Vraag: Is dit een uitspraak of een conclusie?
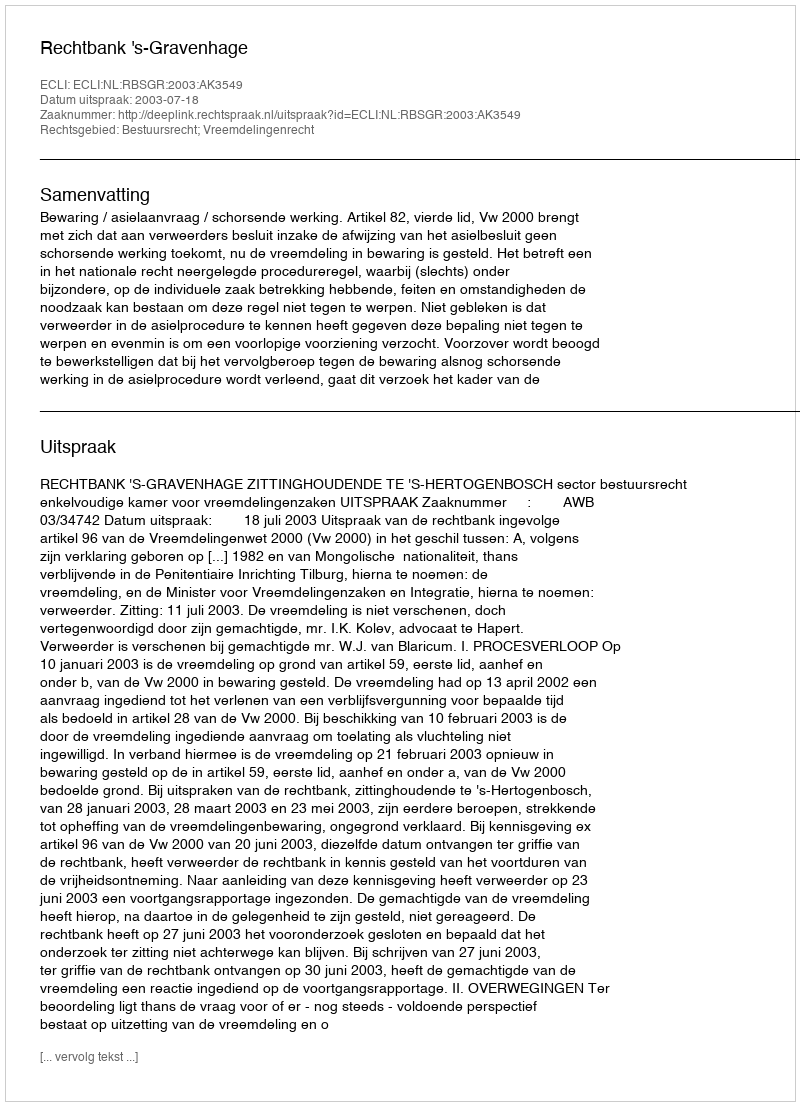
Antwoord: Uitspraak